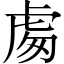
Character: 䖏